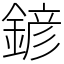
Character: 𨩱